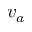
v _ { a }